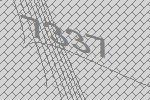
7337